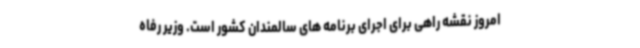
امروز نقشه راهی برای اجرای برنامه های سالمندان کشور است. وزیر رفاه